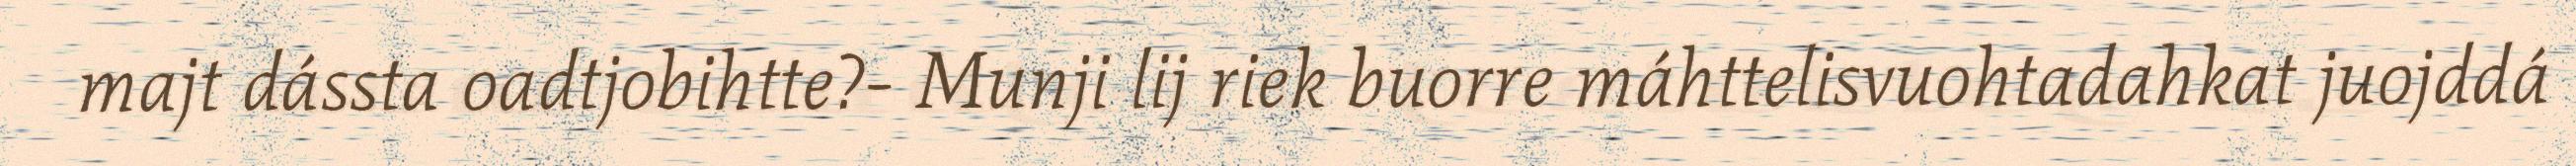
majt dássta oadtjobihtte?- Munji lij riek buorre máhttelisvuohtadahkat juojddá